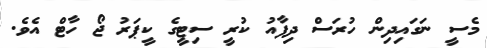
މެސީ ނަގައިދިން ހުރަސް ދިފާއު ކުރީ ސިޓީގެ ކީޕަރު ޖޯ ހާޓް އެވެ.